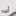
أبيه